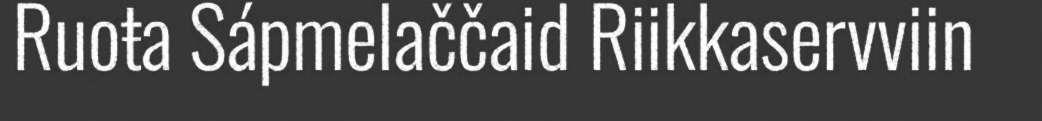
Ruoŧa Sápmelaččaid Riikkaservviin